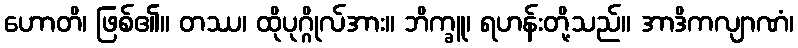
ဟောတိ၊ ဖြစ်၏။ တဿ၊ ထိုပုဂ္ဂိုလ်အား။ ဘိက္ခူ၊ ရဟန်းတို့သည်။ အာဒိကလျာဏံ၊